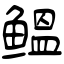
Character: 鳁